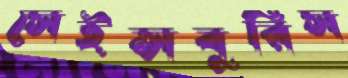
সেইন্সবুরিস